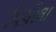
પિચોલા